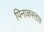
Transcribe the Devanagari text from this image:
पिनाकस्ताय